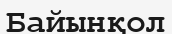
Байынқол